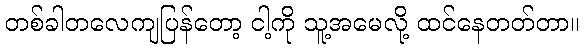
တစ်ခါတလေကျပြန်တော့ ငါ့ကို သူ့အမေလို့ ထင်နေတတ်တာ။